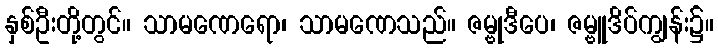
နှစ်ဦးတို့တွင်။ သာမဏေရော၊ သာမဏေသည်။ ဇမ္ဗုဒီပေ၊ ဇမ္ဗူဒိပ်ကျွန်း၌။